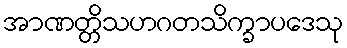
အာဏတ္တိသဟဂတသိက္ခာပဒေသု